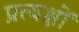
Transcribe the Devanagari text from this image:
प्रत्यक्षों